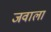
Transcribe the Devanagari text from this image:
जवाला